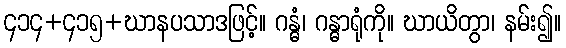
၄၁၄+၄၁၅+ဃာနပသာဒဖြင့်။ ဂန္ဓံ၊ ဂန္ဓာရုံကို။ ဃာယိတွာ၊ နမ်း၍။